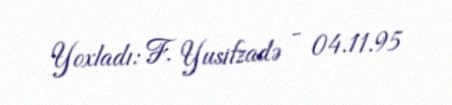
Yoxladı: F. Yusifzadə - 04.11.95